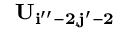
\bf { U } _ { i ^ { \prime \prime } - 2 , j ^ { \prime } - 2 }